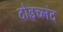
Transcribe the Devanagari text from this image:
दोइच्लंद